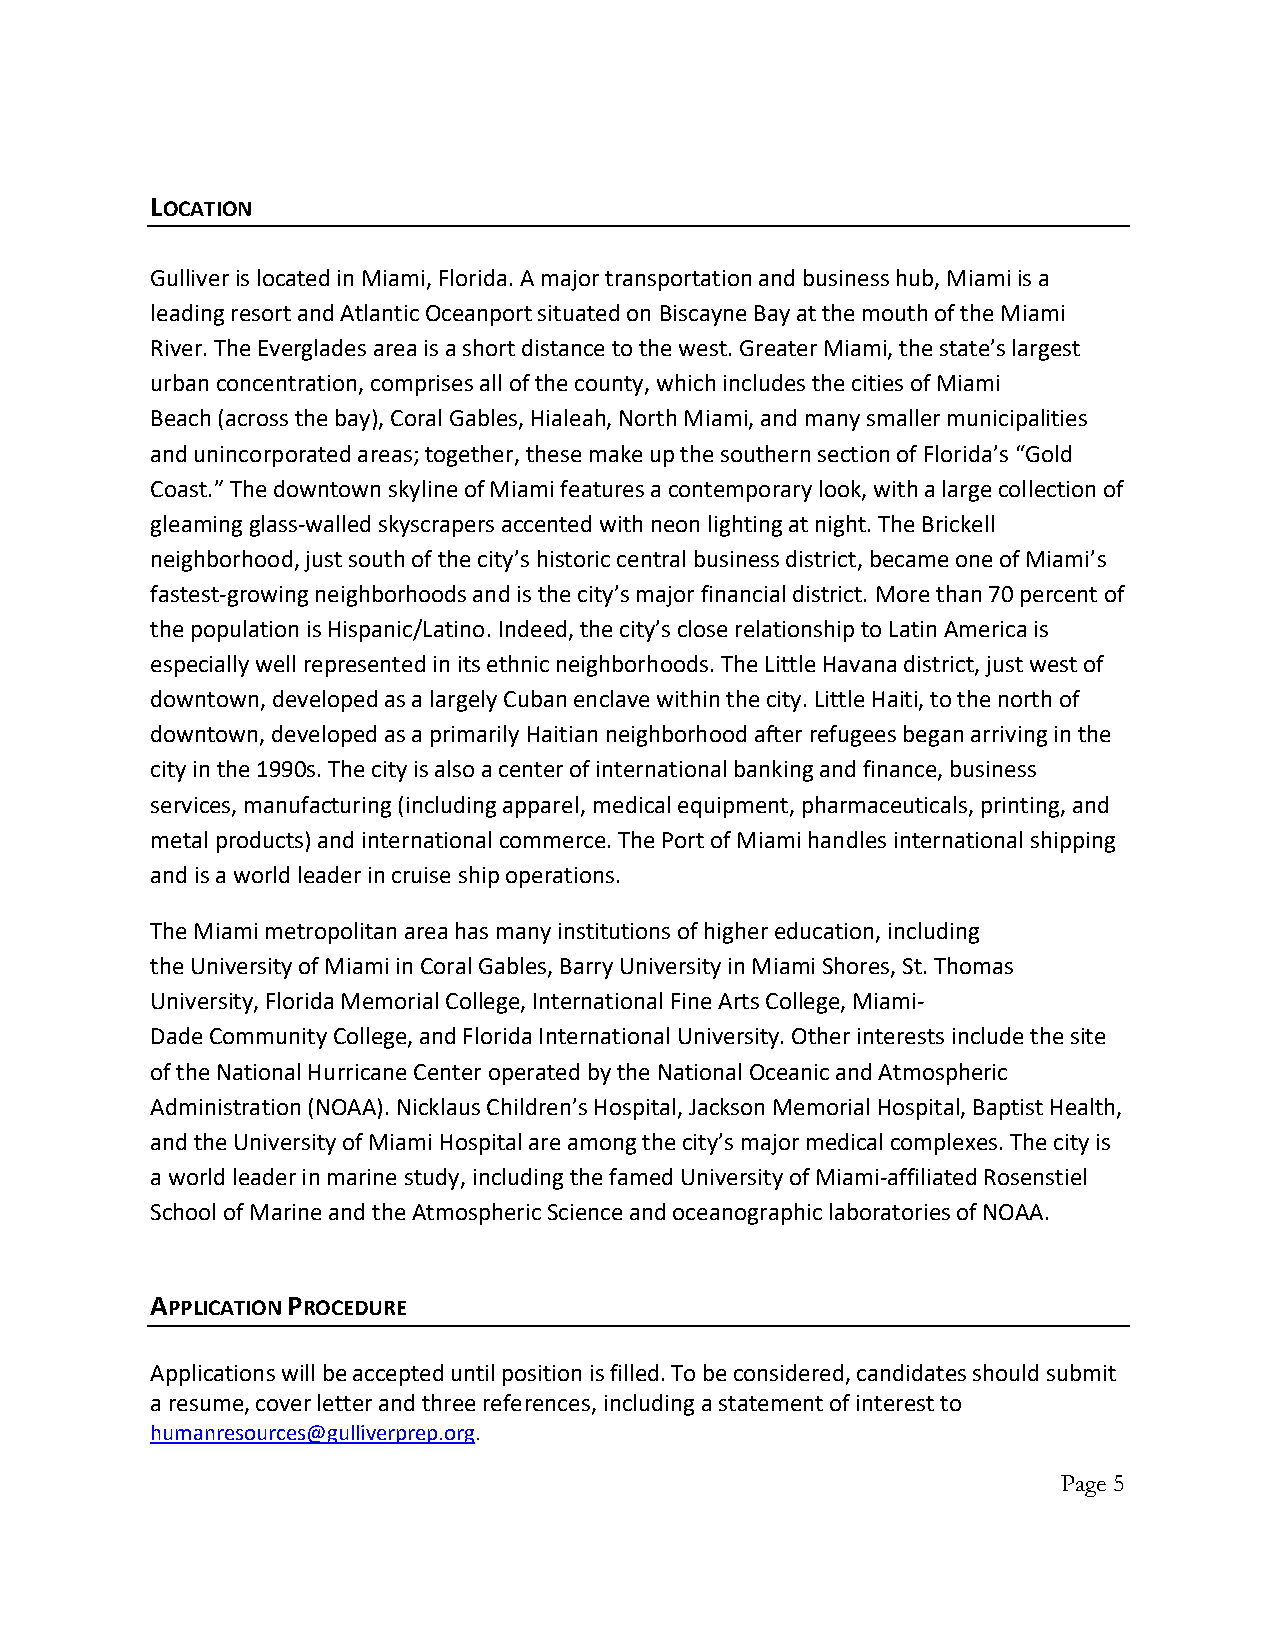
LOCATION
 Gulliver is located in Miami, Florida. A major transportation and business hub, Miami is a
 leading resort and Atlantic Oceanport situated on Biscayne Bay at the mouth of the Miami
 River. The Everglades area is a short distance to the west. Greater Miami, the state’s largest
 urban concentration, comprises all of the county, which includes the cities of Miami
 Beach (across the bay), Coral Gables, Hialeah, North Miami, and many smaller municipalities
 and unincorporated areas; together, these make up the southern section of Florida’s “Gold
 Coast.” The downtown skyline of Miami features a contemporary look, with a large collection of
 gleaming glass-walled skyscrapers accented with neon lighting at night. The Brickell
 neighborhood, just south of the city’s historic central business district, became one of Miami’s
 fastest-growing neighborhoods and is the city’s major financial district. More than 70 percent of
 the population is Hispanic/Latino. Indeed, the city’s close relationship to Latin America is
 especially well represented in its ethnic neighborhoods. The Little Havana district, just west of
 downtown, developed as a largely Cuban enclave within the city. Little Haiti, to the north of
 downtown, developed as a primarily Haitian neighborhood after refugees began arriving in the
 city in the 1990s. The city is also a center of international banking and finance, business
 services, manufacturing (including apparel, medical equipment, pharmaceuticals, printing, and
 metal products) and international commerce. The Port of Miami handles international shipping
 and is a world leader in cruise ship operations.
 The Miami metropolitan area has many institutions of higher education, including
 the University of Miami in Coral Gables, Barry University in Miami Shores, St. Thomas
 University, Florida Memorial College, International Fine Arts College, Miami-
 Dade Community College, and Florida International University. Other interests include the site
 of the National Hurricane Center operated by the National Oceanic and Atmospheric
 Administration (NOAA). Nicklaus Children’s Hospital, Jackson Memorial Hospital, Baptist Health,
 and the University of Miami Hospital are among the city’s major medical complexes. The city is
 a world leader in marine study, including the famed University of Miami-affiliated Rosenstiel
 School of Marine and the Atmospheric Science and oceanographic laboratories of NOAA.
 APPLICATION PROCEDURE
 Applications will be accepted until position is filled. To be considered, candidates should submit
 a resume, cover letter and three references, including a statement of interest to
 humanresources@gulliverprep.org.
 Page 5